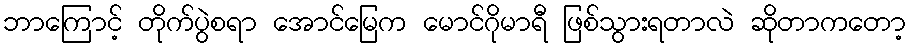
ဘာကြောင့် တိုက်ပွဲစရာ အောင်မြေက မောင်ဂိုမာရီ ဖြစ်သွားရတာလဲ ဆိုတာကတော့